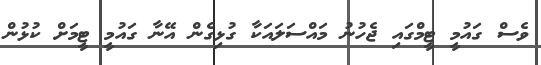
ވެސް ގައުމީ ޓީމްގައި ޖެހުނު މައްސަލައަކާ ގުޅިގެން އޭނާ ގައުމީ ޓީމަށް ކުޅުން